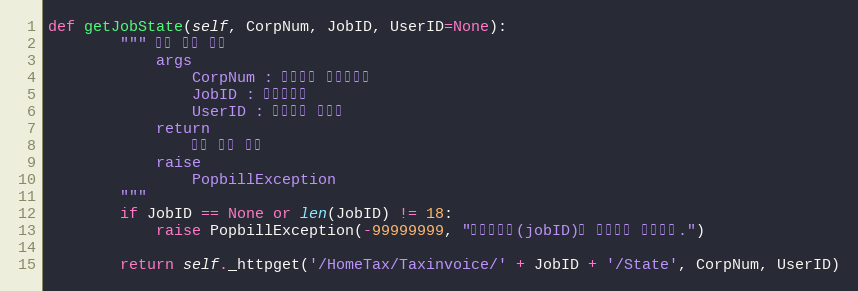
Language: Python
def getJobState(self, CorpNum, JobID, UserID=None):
        """ 수집 상태 확인
            args
                CorpNum : 팝빌회원 사업자번호
                JobID : 작업아이디
                UserID : 팝빌회원 아이디
            return
                수집 상태 정보
            raise
                PopbillException
        """
        if JobID == None or len(JobID) != 18:
            raise PopbillException(-99999999, "작업아이디(jobID)가 올바르지 않습니다.")

        return self._httpget('/HomeTax/Taxinvoice/' + JobID + '/State', CorpNum, UserID)